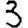
Digit: 3